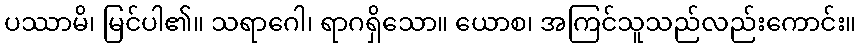
ပဿာမိ၊ မြင်ပါ၏။ သရာဂေါ၊ ရာဂရှိသော။ ယောစ၊ အကြင်သူသည်လည်းကောင်း။